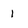
Character: 1